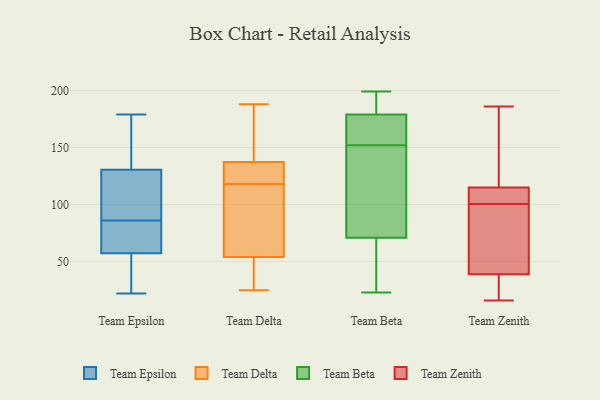
{"axis": {"x": "Bounce Rate (%)", "y": "Value"}, "legend": ["Team Beta", "Team Delta", "Team Epsilon", "Team Zenith"], "data": [{"x": "", "y": 78, "type": "Team Epsilon"}, {"x": "", "y": 49, "type": "Team Epsilon"}, {"x": "", "y": 178, "type": "Team Epsilon"}, {"x": "", "y": 128, "type": "Team Epsilon"}, {"x": "", "y": 60, "type": "Team Epsilon"}, {"x": "", "y": 69, "type": "Team Epsilon"}, {"x": "", "y": 24, "type": "Team Epsilon"}, {"x": "", "y": 22, "type": "Team Epsilon"}, {"x": "", "y": 138, "type": "Team Epsilon"}, {"x": "", "y": 179, "type": "Team Epsilon"}, {"x": "", "y": 86, "type": "Team Epsilon"}, {"x": "", "y": 91, "type": "Team Epsilon"}, {"x": "", "y": 123, "type": "Team Epsilon"}, {"x": "", "y": 25, "type": "Team Delta"}, {"x": "", "y": 118, "type": "Team Delta"}, {"x": "", "y": 150, "type": "Team Delta"}, {"x": "", "y": 46, "type": "Team Delta"}, {"x": "", "y": 44, "type": "Team Delta"}, {"x": "", "y": 78, "type": "Team Delta"}, {"x": "", "y": 129, "type": "Team Delta"}, {"x": "", "y": 188, "type": "Team Delta"}, {"x": "", "y": 127, "type": "Team Delta"}, {"x": "", "y": 114, "type": "Team Delta"}, {"x": "", "y": 140, "type": "Team Delta"}, {"x": "", "y": 152, "type": "Team Beta"}, {"x": "", "y": 71, "type": "Team Beta"}, {"x": "", "y": 60, "type": "Team Beta"}, {"x": "", "y": 199, "type": "Team Beta"}, {"x": "", "y": 23, "type": "Team Beta"}, {"x": "", "y": 179, "type": "Team Beta"}, {"x": "", "y": 191, "type": "Team Beta"}, {"x": "", "y": 134, "type": "Team Beta"}, {"x": "", "y": 169, "type": "Team Beta"}, {"x": "", "y": 152, "type": "Team Beta"}, {"x": "", "y": 16, "type": "Team Zenith"}, {"x": "", "y": 39, "type": "Team Zenith"}, {"x": "", "y": 71, "type": "Team Zenith"}, {"x": "", "y": 38, "type": "Team Zenith"}, {"x": "", "y": 149, "type": "Team Zenith"}, {"x": "", "y": 105, "type": "Team Zenith"}, {"x": "", "y": 148, "type": "Team Zenith"}, {"x": "", "y": 53, "type": "Team Zenith"}, {"x": "", "y": 99, "type": "Team Zenith"}, {"x": "", "y": 115, "type": "Team Zenith"}, {"x": "", "y": 109, "type": "Team Zenith"}, {"x": "", "y": 32, "type": "Team Zenith"}, {"x": "", "y": 47, "type": "Team Zenith"}, {"x": "", "y": 174, "type": "Team Zenith"}, {"x": "", "y": 186, "type": "Team Zenith"}, {"x": "", "y": 38, "type": "Team Zenith"}, {"x": "", "y": 102, "type": "Team Zenith"}, {"x": "", "y": 110, "type": "Team Zenith"}]}